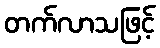
တက်လာသဖြင့်